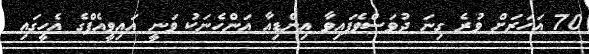
70 އަހަރަށް ވުރެ ގިނަ ދުވަސްވެފައިވާ އިންޑިއާ އަންހެނަކު ވަނީ އައިވީއެފްގެ އެހީގައި